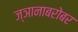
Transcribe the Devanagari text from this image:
ज्ञानाबरोबर